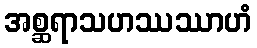
အစ္ဆရာသဟဿဿာဟံ